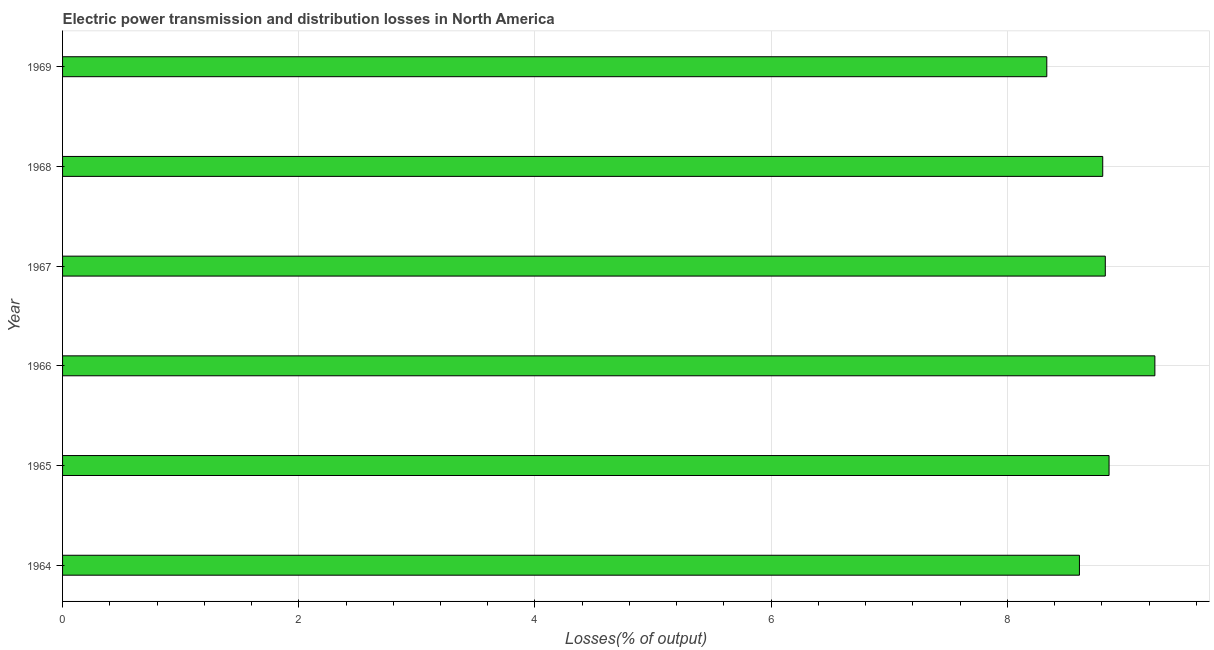
| Year | Electric power transmission and distribution losses |
 | --- | --- |
 | 1964 | 8.61 |
 | 1965 | 8.86 |
 | 1966 | 9.25 |
 | 1967 | 8.83 |
 | 1968 | 8.81 |
 | 1969 | 8.33 |